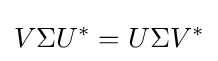
V\Sigma U^{*}=U\Sigma V^{*}